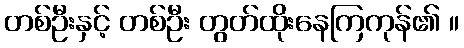
တစ်ဦးနှင့် တစ်ဦး တွတ်ထိုးနေကြကုန်၏ ။